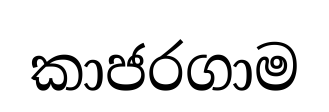
කාජරගාම